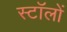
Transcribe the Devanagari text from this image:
स्टॉलों